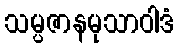
သမ္ပဇာနမုသာဝါဒံ